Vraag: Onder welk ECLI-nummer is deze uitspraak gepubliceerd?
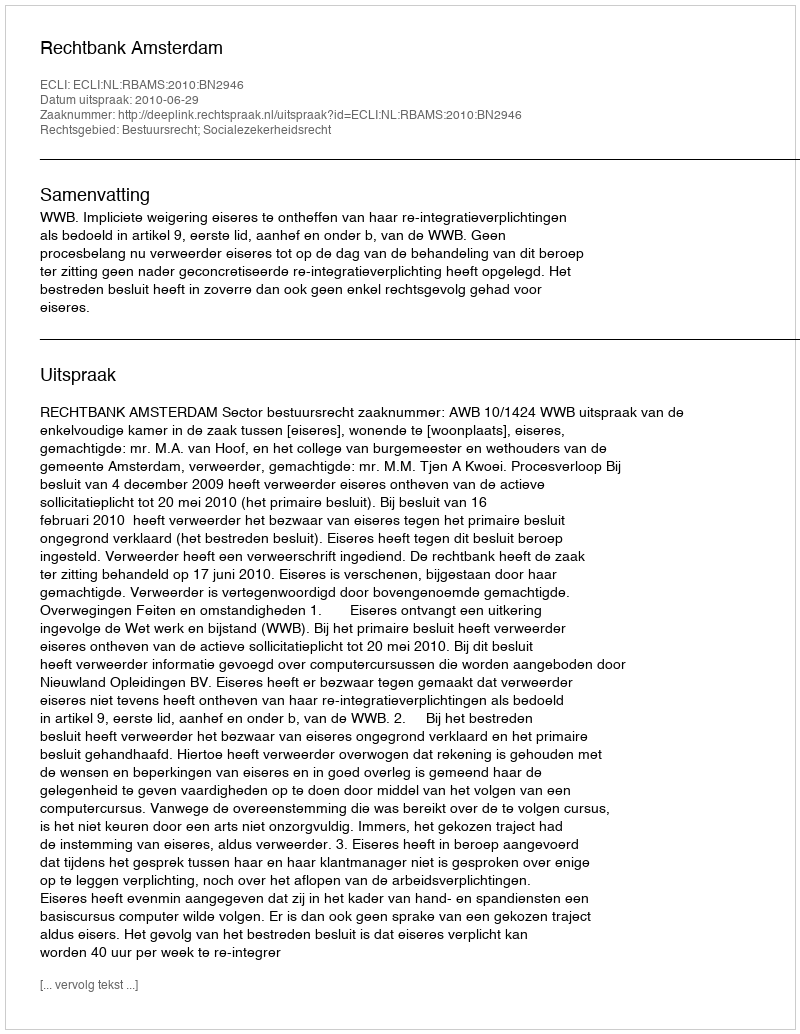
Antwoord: ECLI:NL:RBAMS:2010:BN2946